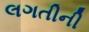
લગતીની